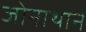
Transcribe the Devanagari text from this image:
जोनाथान